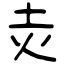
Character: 灻